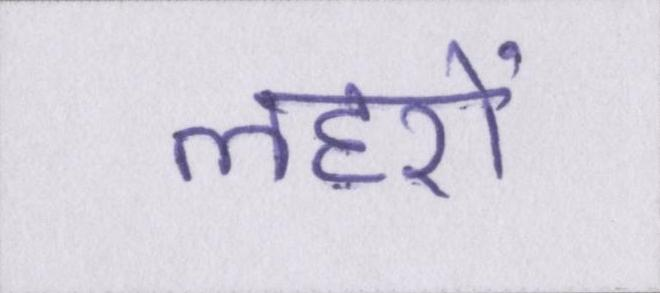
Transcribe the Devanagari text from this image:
लहरों